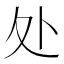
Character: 处